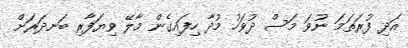
އަދި ފުރަތަމަ ނުވަ މަސް ދުވަހު މުދާ ހިފައިގެން މާލޭ ވިޔަފާރި ބަނދަރަށް